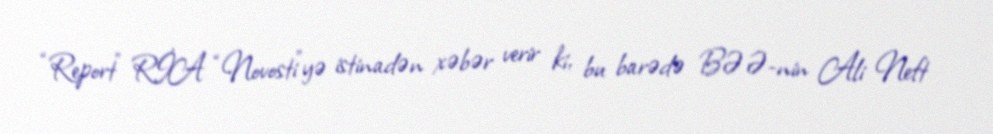
“Report” RİA “Novosti”yə istinadən xəbər verir ki, bu barədə BƏƏ-nin Ali Neft